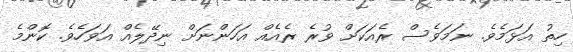
ހިތު އަޅަމެވެ. ނަމަވެސް ރެއަކަށް ވުރެ ރެއެއް އަހަންނަށް ނިދޭލެއް އަވަހެވެ. ކޮންމެ